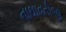
નાથાવતીજી